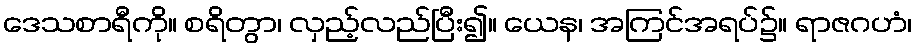
ဒေသစာရီကို။ စရိတွာ၊ လှည့်လည်ပြီး၍။ ယေန၊ အကြင်အရပ်၌။ ရာဇဂဟံ၊